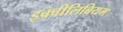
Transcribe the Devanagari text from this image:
इक्वीलिब्रियम